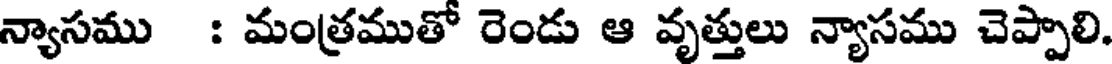
న్యాసము : మంత్రముతో రెండు ఆ వృత్తులు న్యాసము చెప్పాలి.